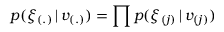
p ( \xi _ { ( . ) } \, | \, v _ { ( . ) } ) = \prod p ( \xi _ { ( j ) } \, | \, v _ { ( j ) } )